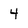
Character: 4